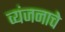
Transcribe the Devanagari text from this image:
व्यंजनाचे